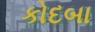
કોદબા